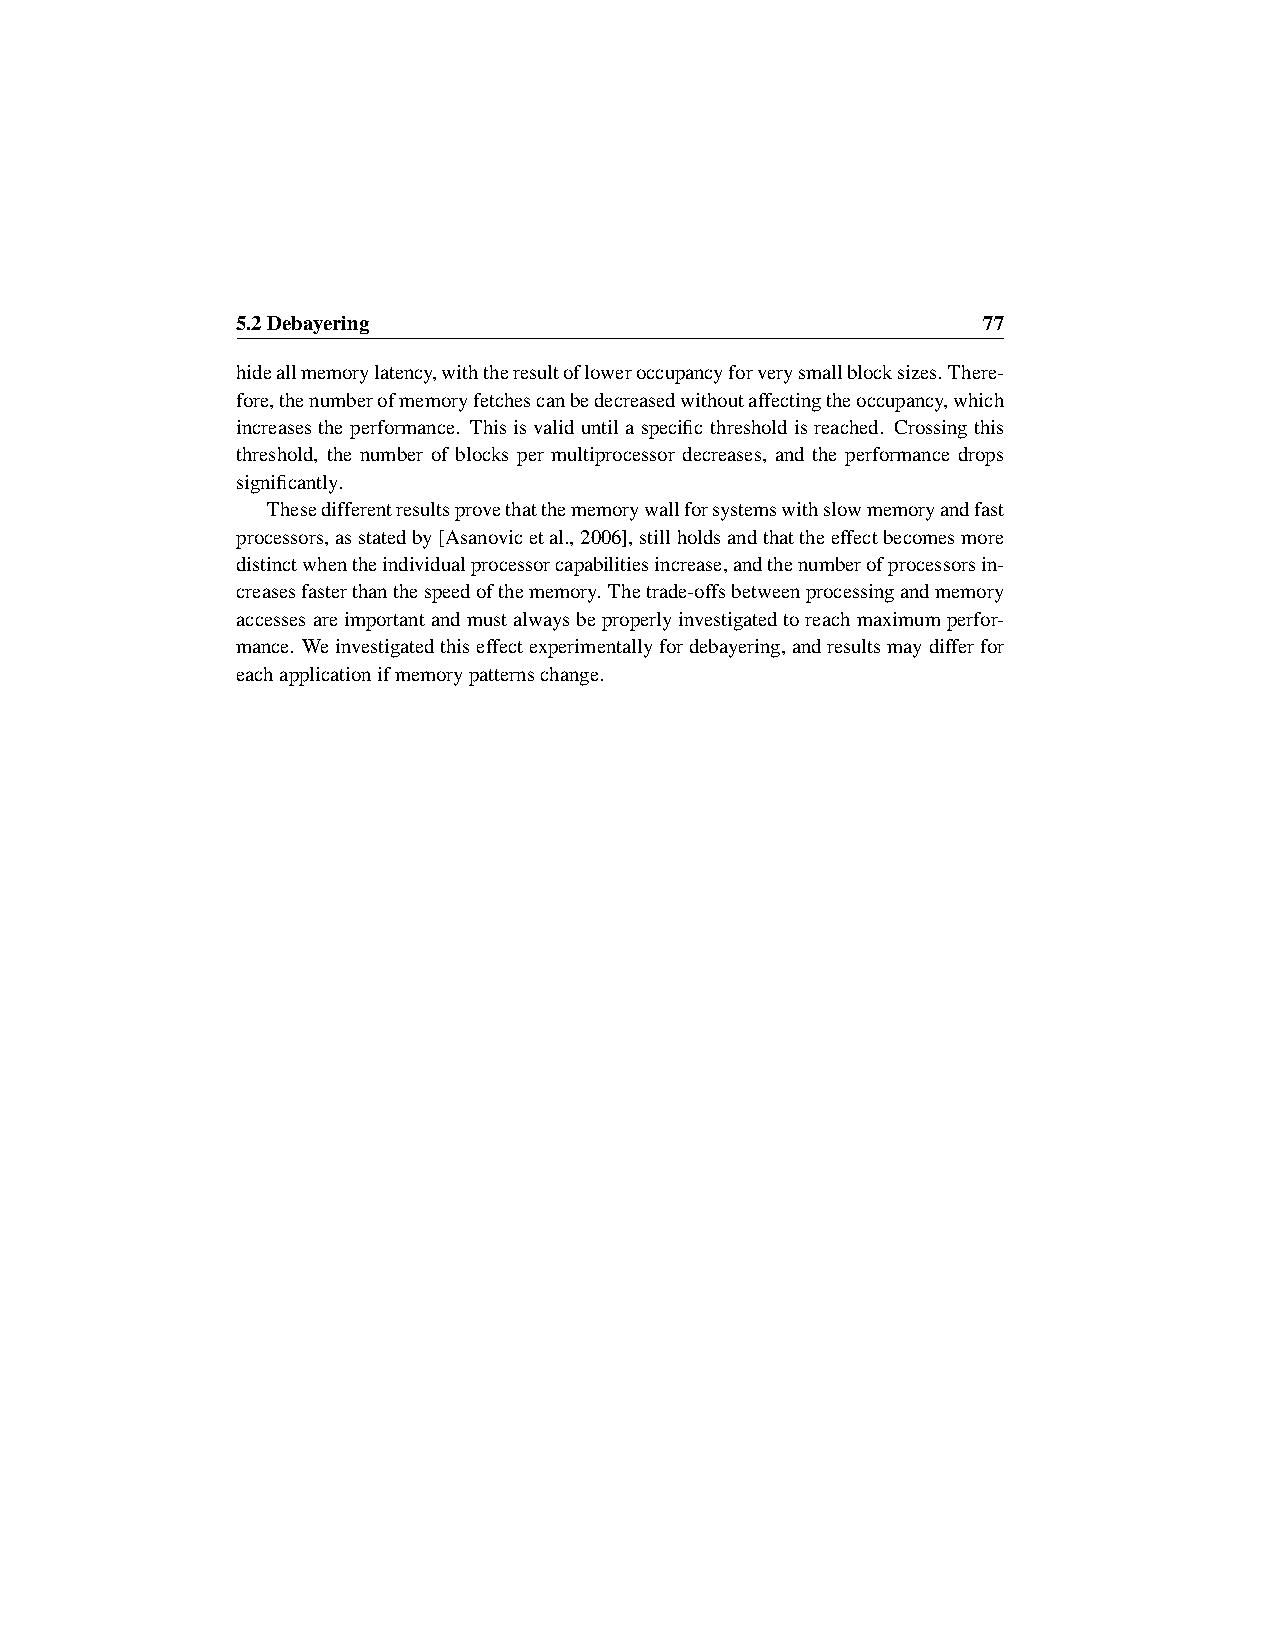
5.2Debayering                                    77
 hideallmemorylatency,withtheresultofloweroccupancyforverysmallblocksizes.There-
 fore,thenumberofmemoryfetchescanbedecreasedwithoutaffectingtheoccupancy,which
 increases the performance. This is valid until a specific threshold is reached. Crossing this
 threshold, the number of blocks per multiprocessor decreases, and the performance drops
 significantly.
 Thesedifferentresultsprovethatthememorywallforsystemswithslowmemoryandfast
 processors,asstatedby[Asanovicetal.,2006],stillholdsandthattheeffectbecomesmore
 distinctwhentheindividualprocessorcapabilitiesincrease,andthenumberofprocessorsin-
 creasesfasterthanthespeedofthememory. Thetrade-offsbetweenprocessingandmemory
 accessesareimportantandmustalwaysbeproperlyinvestigatedtoreachmaximumperfor-
 mance. Weinvestigatedthiseffectexperimentallyfordebayering,andresultsmaydifferfor
 eachapplicationifmemorypatternschange.